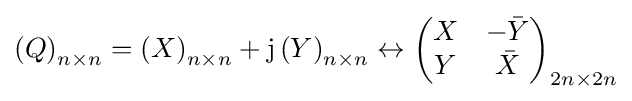
\left(Q\right)_{n\times n}=\left(X\right)_{n\times n}+\mathrm {j} \left(Y\right)_{n\times n}\leftrightarrow \left({\begin{matrix}X&-{\bar {Y}}\\Y&{\bar {X}}\end{matrix}}\right)_{2n\times 2n}